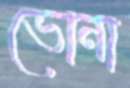
ভোনা